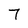
Character: 7